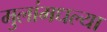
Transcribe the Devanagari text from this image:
मुलांमधल्या